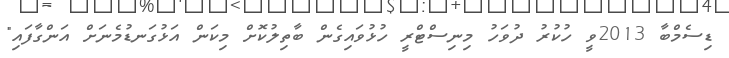
ޑިސެމްބާ 2013ވީ ހުކުރު ދުވަހު މިނިސްޓްރީ ހުޅުވައިގެން ބާތިލުކޮށް މިކަން އަޅުގަނޑުމެނަށް އަންގާފައި"